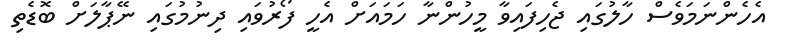
އެހެންނަމަވެސް ހާލުގައި ޖެހިފައިވާ މީހުންނާ ހަމައަށް އެހީ ފޯރުވައި ދިނުމުގައި ނޭޕާލަށް ބޮޑެތި